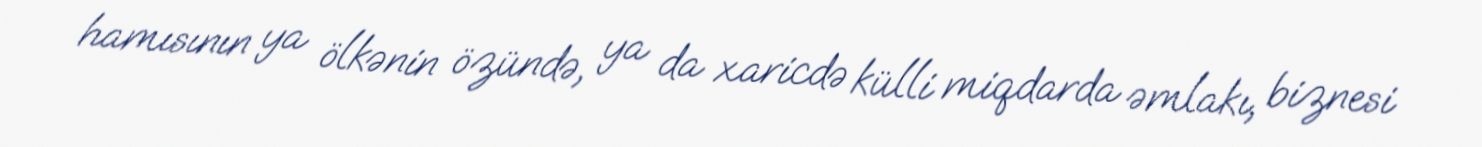
hamısının ya ölkənin özündə, ya da xaricdə külli miqdarda əmlakı, biznesi